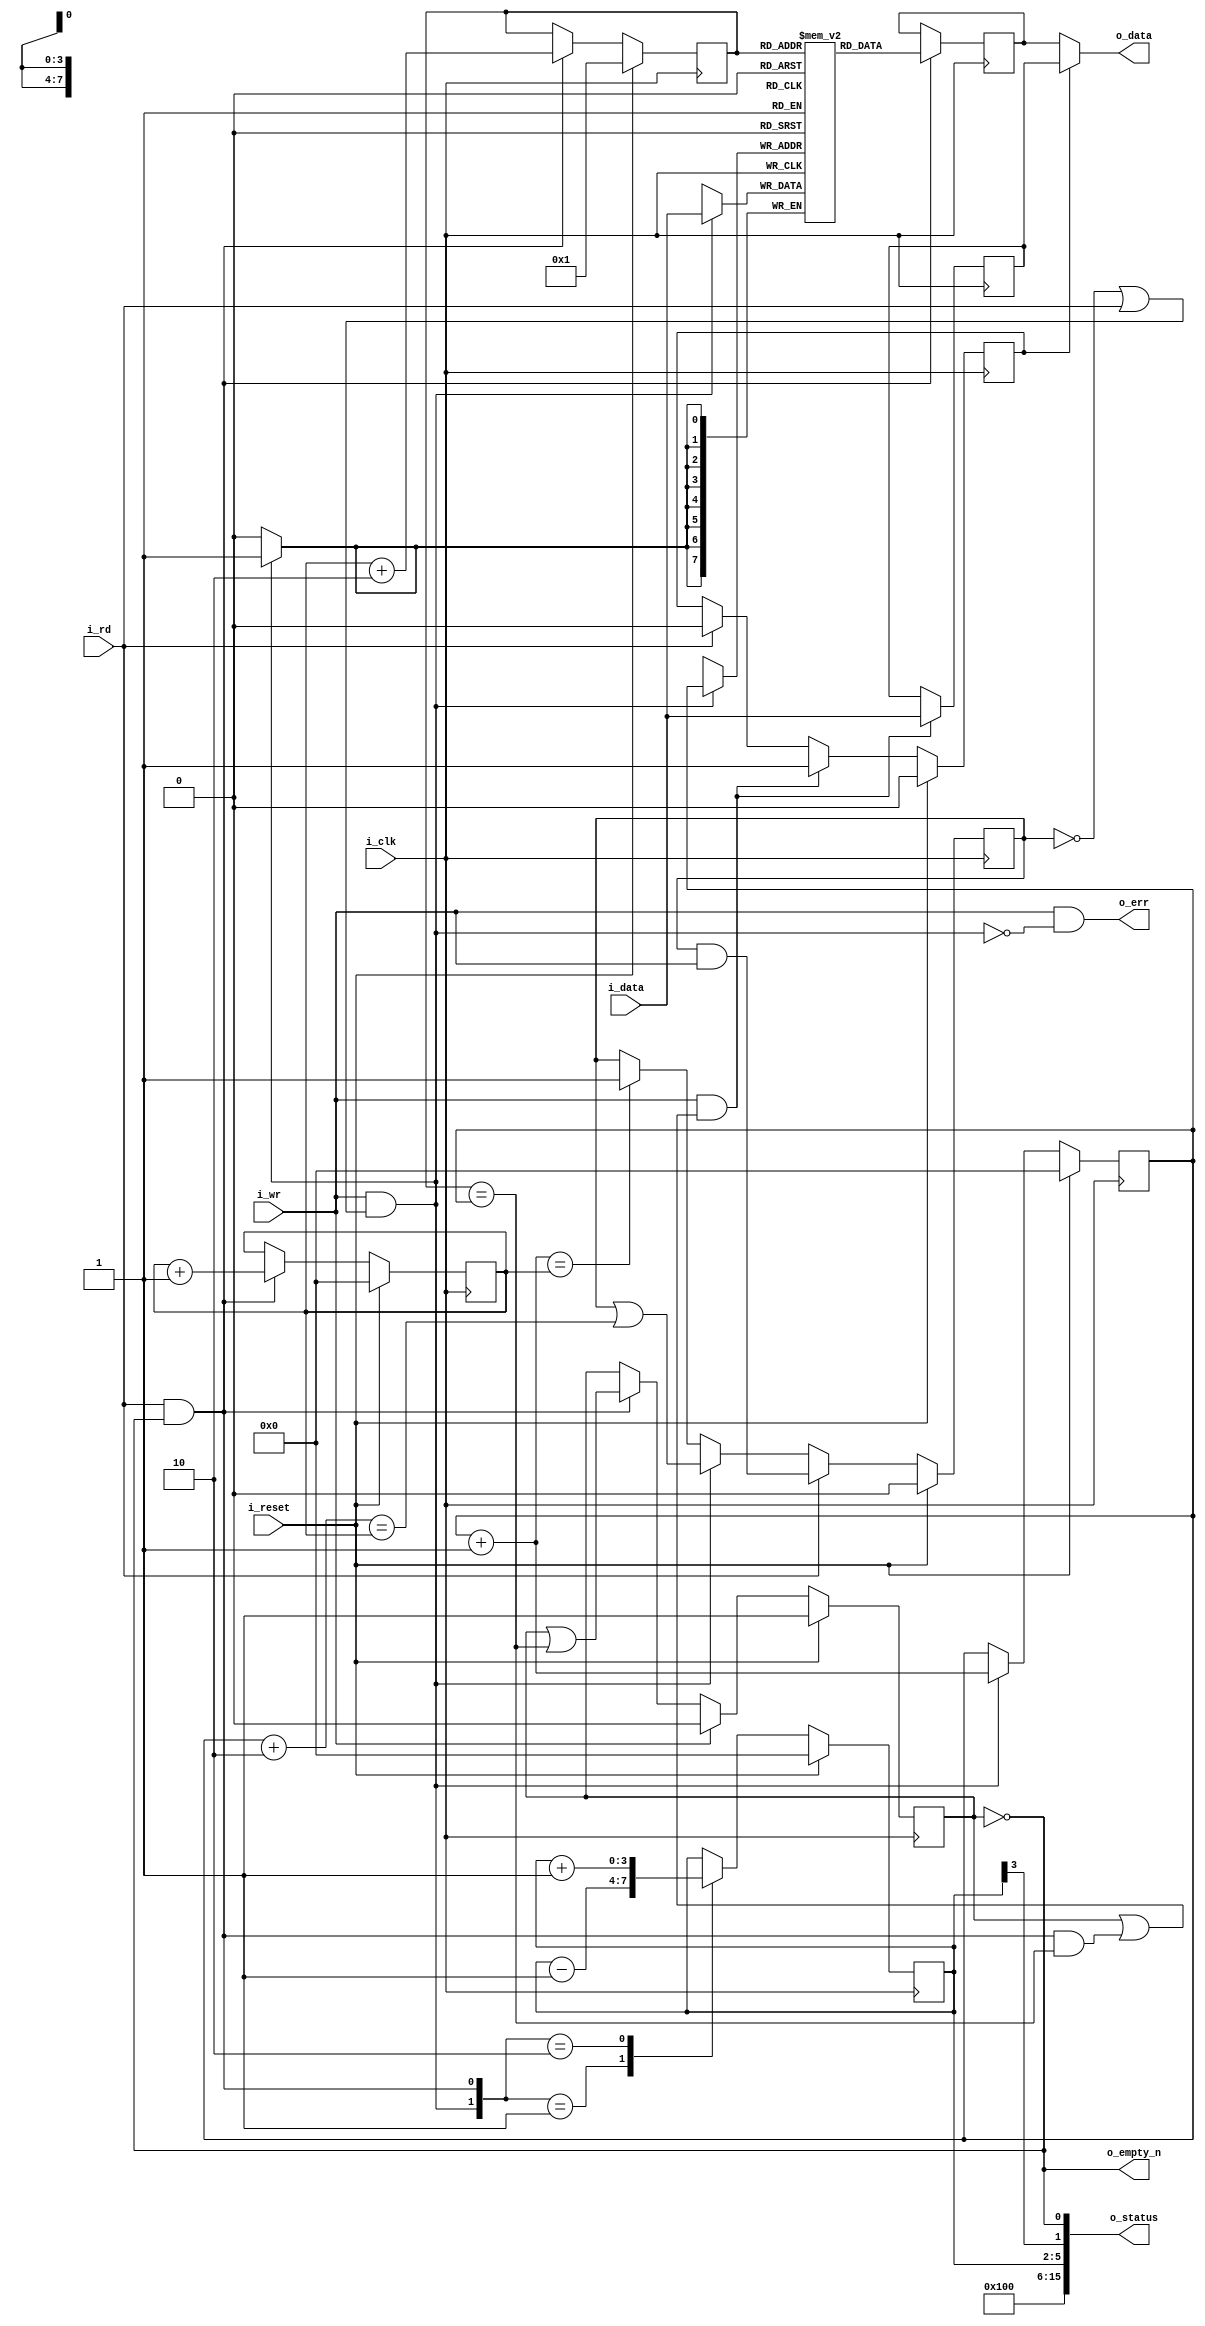
////////////////////////////////////////////////////////////////////////////////
//
// {{{
// Project:	wbuart32, a full featured UART with simulator
//
// Purpose:	A synchronous data FIFO, designed for supporting the Wishbone
//		UART.  Particular features include the ability to read and
//	write on the same clock, while maintaining the correct output FIFO
//	parameters.  Two versions of the FIFO exist within this file, separated
//	by the RXFIFO parameter's value.  One, where RXFIFO = 1, produces status
//	values appropriate for reading and checking a read FIFO from logic,
//	whereas the RXFIFO = 0 applies to writing to the FIFO from bus logic
//	and reading it automatically any time the transmit UART is idle.
//
// Creator:	Dan Gisselquist, Ph.D.
//		Gisselquist Technology, LLC
//
////////////////////////////////////////////////////////////////////////////////
// }}}
// Copyright (C) 2015-2021, Gisselquist Technology, LLC
// {{{
// This program is free software (firmware): you can redistribute it and/or
// modify it under the terms of  the GNU General Public License as published
// by the Free Software Foundation, either version 3 of the License, or (at
// your option) any later version.
//
// This program is distributed in the hope that it will be useful, but WITHOUT
// ANY WARRANTY; without even the implied warranty of MERCHANTIBILITY or
// FITNESS FOR A PARTICULAR PURPOSE.  See the GNU General Public License
// for more details.
//
// You should have received a copy of the GNU General Public License along
// with this program.  (It's in the $(ROOT)/doc directory.  Run make with no
// target there if the PDF file isn't present.)  If not, see
// <http://www.gnu.org/licenses/> for a copy.
// }}}
// License:	GPL, v3, as defined and found on www.gnu.org,
// {{{
//		http://www.gnu.org/licenses/gpl.html
//
//
////////////////////////////////////////////////////////////////////////////////
//
//
`default_nettype none
// }}}
module ufifo #(
		// {{{
		parameter	BW=8,	// Byte/data width
		parameter [3:0]	LGFLEN=4,
		parameter [0:0]	RXFIFO=1'b1
		
		// }}}
	) (
		// {{{
		input	wire		i_clk, i_reset,
		input	wire		i_wr,
		input	wire [(BW-1):0]	i_data,
		output	wire		o_empty_n, // True if something is in FIFO
		input	wire		i_rd,
		output	wire [(BW-1):0]	o_data,
		output	wire	[15:0]	o_status,
		output	wire		o_err
		// }}}
	);

	localparam	FLEN=(1<<LGFLEN);

	// Signal declarations
	// {{{
	reg	[(BW-1):0]	fifo[0:(FLEN-1)];
	reg	[(BW-1):0]	r_data, last_write;
	reg	[(LGFLEN-1):0]	wr_addr, rd_addr, r_next;
	reg			will_overflow, will_underflow;
	reg			osrc;

	wire	[(LGFLEN-1):0]	w_waddr_plus_one, w_waddr_plus_two;
	wire			w_write, w_read;
	reg	[(LGFLEN-1):0]	r_fill;
	wire	[3:0]		lglen;
	wire			w_half_full;
	reg	[9:0]		w_fill;
	// }}}

	assign	w_write = (i_wr && (!will_overflow || i_rd));
	assign	w_read  = (i_rd && o_empty_n);

	assign	w_waddr_plus_two = wr_addr + 2;
	assign	w_waddr_plus_one = wr_addr + 1;

	////////////////////////////////////////////////////////////////////////
	//
	// Write half
	// {{{
	////////////////////////////////////////////////////////////////////////
	//
	//

	// will_overflow
	// {{{
	initial	will_overflow = 1'b0;
	always @(posedge i_clk)
	if (i_reset)
		will_overflow <= 1'b0;
	else if (i_rd)
		will_overflow <= (will_overflow)&&(i_wr);
	else if (w_write)
		will_overflow <= (will_overflow)||(w_waddr_plus_two == rd_addr);
	else if (w_waddr_plus_one == rd_addr)
		will_overflow <= 1'b1;
	// }}}

	// wr_addr
	// {{{
	initial	wr_addr = 0;
	always @(posedge i_clk)
	if (i_reset)
		wr_addr <= { (LGFLEN){1'b0} };
	else if (w_write)
		wr_addr <= w_waddr_plus_one;
	// }}}

	// Write to the FIFO
	// {{{
	always @(posedge i_clk)
	if (w_write) // Write our new value regardless--on overflow or not
		fifo[wr_addr] <= i_data;
	// }}}
	// }}}
	////////////////////////////////////////////////////////////////////////
	//
	// Read half
	// {{{
	////////////////////////////////////////////////////////////////////////
	//
	//

	// Notes
	// {{{
	//	Following a read, the next sample will be available on the
	//	next clock
	//	Clock	ReadCMD	ReadAddr	Output
	//	0	0	0		fifo[0]
	//	1	1	0		fifo[0]
	//	2	0	1		fifo[1]
	//	3	0	1		fifo[1]
	//	4	1	1		fifo[1]
	//	5	1	2		fifo[2]
	//	6	0	3		fifo[3]
	//	7	0	3		fifo[3]
	// }}}

	// will_underflow
	// {{{
	initial	will_underflow = 1'b1;
	always @(posedge i_clk)
	if (i_reset)
		will_underflow <= 1'b1;
	else if (i_wr)
		will_underflow <= 1'b0;
	else if (w_read)
		will_underflow <= (will_underflow)||(r_next == wr_addr);
	// }}}

	// rd_addr, r_next
	// {{{
	// Don't report FIFO underflow errors.  These'll be caught elsewhere
	// in the system, and the logic below makes it hard to reset them.
	// We'll still report FIFO overflow, however.
	//
	initial	rd_addr = 0;
	initial	r_next  = 1;
	always @(posedge i_clk)
	if (i_reset)
	begin
		rd_addr <= 0;
		r_next  <= 1;
	end else if (w_read)
	begin
		rd_addr <= rd_addr + 1;
		r_next  <= rd_addr + 2;
	end
	// }}}

	// Read from the FIFO
	// {{{
	always @(posedge i_clk)
	if (w_read)
		r_data <= fifo[r_next[LGFLEN-1:0]];
	// }}}

	// last_write -- for bypassing the memory read
	// {{{
	always @(posedge i_clk)
	if (i_wr && (!o_empty_n || (w_read && r_next == wr_addr)))
		last_write <= i_data;
	// }}}

	// osrc
	// {{{
	initial	osrc = 1'b0;
	always @(posedge i_clk)
	if (i_reset)
		osrc <= 1'b0;
	else if (i_wr && (!o_empty_n || (w_read && r_next == wr_addr)))
		osrc <= 1'b1;
	else if (i_rd)
		osrc <= 1'b0;
	// }}}

	assign o_data = (osrc) ? last_write : r_data;
	// }}}
	////////////////////////////////////////////////////////////////////////
	//
	// Status signals and flags
	// {{{
	////////////////////////////////////////////////////////////////////////
	//
	//

	// r_fill
	// {{{
	// If this is a receive FIFO, the FIFO count that matters is the number
	// of values yet to be read.  If instead this is a transmit FIFO, then
	// the FIFO count that matters is the number of empty positions that
	// can still be filled before the FIFO is full.
	//
	// Adjust for these differences here.
	generate if (RXFIFO)
	begin : RXFIFO_FILL
		// {{{
		// Calculate the number of elements in our FIFO
		//
		// Although used for receive, this is actually the more
		// generic answer--should you wish to use the FIFO in
		// another context.

		initial	r_fill = 0;
		always @(posedge i_clk)
		if (i_reset)
			r_fill <= 0;
		else case({ w_write, w_read })
		2'b01:	r_fill <= r_fill - 1'b1;
		2'b10:	r_fill <= r_fill + 1'b1;
		default:  begin end
		endcase
		// }}}
	end else begin : TXFIFO_FILL
		// {{{
		// Calculate the number of empty elements in our FIFO
		//
		// This is the number you could send to the FIFO
		// if you wanted to.

		initial	r_fill = -1;
		always @(posedge i_clk)
		if (i_reset)
			r_fill <= -1;
		else case({ w_write, w_read })
		2'b01:	r_fill <= r_fill + 1'b1;
		2'b10:	r_fill <= r_fill - 1'b1;
		default:  begin end
		endcase
		// }}}
	end endgenerate
	// }}}

	// o_err -- Flag any overflows
	// {{{
	assign o_err = (i_wr && !w_write);
	// }}}

	// o_status
	// {{{
	assign lglen = LGFLEN;

	always @(*)
	begin
		w_fill = 0;
		w_fill[(LGFLEN-1):0] = r_fill;
	end

	assign	w_half_full = r_fill[(LGFLEN-1)];

	assign	o_status = {
		// Our status includes a 4'bit nibble telling anyone reading
		// this the size of our FIFO.  The size is then given by
		// 2^(this value).  Hence a 4'h4 in this position means that the
		// FIFO has 2^4 or 16 values within it.
		lglen,
		// The FIFO fill--for a receive FIFO the number of elements
		// left to be read, and for a transmit FIFO the number of
		// empty elements within the FIFO that can yet be filled.
		w_fill,
		// A '1' here means a half FIFO length can be read (receive
		// FIFO) or written to (not a receive FIFO).  If one, a
		// halfway interrupt can be sent indicating a half of a FIFOs
		// operationw (either transmit or receive) will be successful.
		w_half_full,
		// A '1' here means the FIFO can be read from (if it is a
		// receive FIFO), or be written to (if it isn't).  An interrupt
		// may be sourced from this bit, indicating that at least one
		// operation will be successful.
		(RXFIFO!=0)?!will_underflow:!will_overflow
	};
	// }}}

	assign	o_empty_n = !will_underflow;
	// }}}
////////////////////////////////////////////////////////////////////////////////
////////////////////////////////////////////////////////////////////////////////
////////////////////////////////////////////////////////////////////////////////
//
// Formal property section
// {{{
////////////////////////////////////////////////////////////////////////////////
////////////////////////////////////////////////////////////////////////////////
////////////////////////////////////////////////////////////////////////////////
`ifdef	FORMAL
	reg	f_past_valid;

	initial	f_past_valid = 0;
	always @(posedge i_clk)
		f_past_valid <= 1;

	////////////////////////////////////////////////////////////////////////
	//
	// Pointer checks
	// {{{
	////////////////////////////////////////////////////////////////////////
	//
	//
	reg	[LGFLEN-1:0]	f_fill;
	wire	[LGFLEN-1:0]	f_raddr_plus_one;

	always @(*)
		f_fill = wr_addr - rd_addr;

	always @(*)
		assert(will_underflow == (f_fill == 0));

	always @(*)
		assert(will_overflow  == (&f_fill));

	assign	f_raddr_plus_one = rd_addr + 1;

	always @(*)
		assert(f_raddr_plus_one  == r_next);

	always @(*)
	if (will_underflow)
	begin
		assert(!w_read);
		assert(!osrc);
	end


	always @(posedge i_clk)
	if (RXFIFO)
		assert(r_fill == f_fill);
	else
		assert(r_fill == (~f_fill));
	// }}}
	////////////////////////////////////////////////////////////////////////
	//
	// Twin write check
	// {{{
	////////////////////////////////////////////////////////////////////////
	//
	//
`ifdef	UFIFO
	// Declare two arbitrary addresses and data values
	// {{{
	(* anyconst *) reg [LGFLEN-1:0]	f_const_addr;
	(* anyconst *) reg [BW-1:0]	f_const_data, f_const_second;
	reg [LGFLEN-1:0]	f_next_addr;
	reg	[1:0]		f_state;
	reg			f_first_in_fifo, f_second_in_fifo;
	reg	[LGFLEN-1:0]	f_distance_to_first, f_distance_to_second;
	// }}}

	// Determine if those data values are at their addresses in the FIFO
	// {{{
	always @(*)
	begin
		f_next_addr = f_const_addr + 1;

		f_distance_to_first  = f_const_addr - rd_addr;
		f_distance_to_second = f_next_addr  - rd_addr;

		f_first_in_fifo  = (f_distance_to_first  < f_fill)
			&& !will_underflow
			&& (fifo[f_const_addr] == f_const_data);
		f_second_in_fifo = (f_distance_to_second < f_fill)
			&& !will_underflow
			&& (fifo[f_next_addr] == f_const_second);
	end
	// }}}

	// Generate the twin-write state machine
	// {{{
	initial	f_state = 2'b00;
	always @(posedge i_clk)
	if (i_reset)
		f_state <= 2'b00;
	else case(f_state)
	2'b00: if (w_write &&(wr_addr == f_const_addr)
			&&(i_data == f_const_data))
		f_state <= 2'b01;
	2'b01: if (w_read && (rd_addr == f_const_addr))
			f_state <= 2'b00;
		else if (w_write && (wr_addr == f_next_addr))
			f_state <= (i_data == f_const_second) ? 2'b10 : 2'b00;
	2'b10: if (w_read && (rd_addr == f_const_addr))
			f_state <= 2'b11;
	2'b11: if (w_read)
			f_state <= 2'b00;
	endcase
	// }}}

	// Check conditions against the twin write state machine
	// {{{
	always @(*)
	case(f_state)
	2'b00: begin end
	2'b01: begin
		assert(!will_underflow);
		assert(f_first_in_fifo);
		assert(!f_second_in_fifo);
		assert(wr_addr == f_next_addr);
		assert(fifo[f_const_addr] == f_const_data);
		if (rd_addr == f_const_addr)
			assert(o_data == f_const_data);
		end
	2'b10: begin
		assert(f_first_in_fifo);
		assert(f_second_in_fifo);
		end
	2'b11: begin
		assert(f_second_in_fifo);
		assert(rd_addr == f_next_addr);
		assert(o_data  == f_const_second);
		end
	endcase
	// }}}
`endif
	// }}}
	////////////////////////////////////////////////////////////////////////
	//
	// Cover checks
	// {{{
	////////////////////////////////////////////////////////////////////////
	//
	//
	reg	cvr_filled;

	always @(*)
		cover(o_empty_n);

	// Can't cover the FIFO being full when the FIFO is a member of another
	// components--so we only check that we can be filled here
`ifdef	UFIFO
	always @(*)
		cover(o_err);

	initial	cvr_filled = 0;
	always @(posedge i_clk)
	if (i_reset)
		cvr_filled <= 0;
	else if (&f_fill[LGFLEN-1:0])
		cvr_filled <= 1;

	always @(*)
		cover(cvr_filled && !o_empty_n);
`endif // UFIFO
	// }}}
`endif
// }}}
endmodule